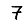
Digit: 7